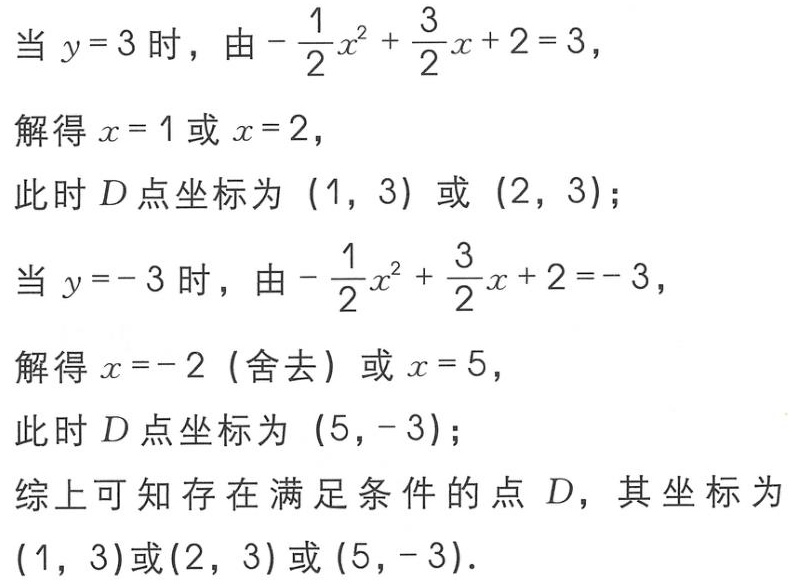
当 \(y = 3\) 时，由 \(-\frac{1}{2}x^{2}+\frac{3}{2}x + 2 = 3\)，
解得 \(x = 1\) 或 \(x = 2\)，
此时 \(D\) 点坐标为 \((1, 3)\) 或 \((2, 3)\)；
当 \(y = -3\) 时，由 \(-\frac{1}{2}x^{2}+\frac{3}{2}x + 2 = -3\)，
解得 \(x = -2\)（舍去）或 \(x = 5\)，
此时 \(D\) 点坐标为 \((5, -3)\)；
综上可知存在满足条件的点 \(D\)，其坐标为 \((1, 3)\)或\((2, 3)\) 或 \((5, -3)\)．